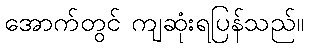
အောက်တွင် ကျဆုံးရပြန်သည်။